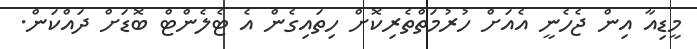
މީޑިއާ އިން ޖެހެނީ އެއަށް ހުރުމަތްތެރިކޮށް ހިތައިގެން އެ ޓެލެންޓް ބޮޑަށް ދައްކަން.